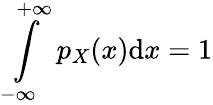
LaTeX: \int\limits_{-\infty}^{+\infty}p_{X}(x)\mathrm{d}x=1